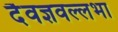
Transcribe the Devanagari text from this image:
दैवज्ञवल्लभा